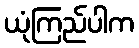
ယုံကြည်ပါက